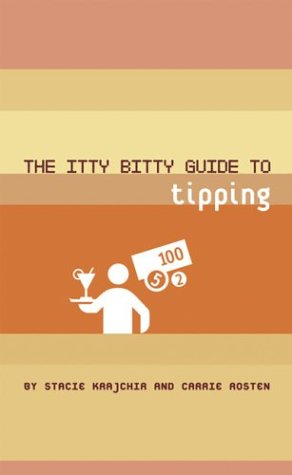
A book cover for The Itty Bitty Guide to Tipping; Stacie Krajchir; Travel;